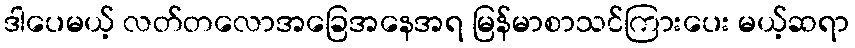
ဒါပေမယ့် လတ်တလောအခြေအနေအရ မြန်မာစာသင်ကြားပေး မယ့်ဆရာ